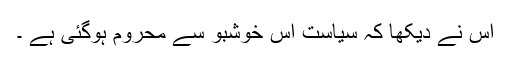
اس نے دیکھا کہ سیاست اس خوشبو سے محروم ہوگئی ہے ۔